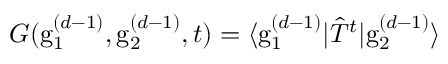
G ( \mathrm { g } _ { 1 } ^ { ( d - 1 ) } , \mathrm { g } _ { 2 } ^ { ( d - 1 ) } , t ) = \langle \mathrm { g } _ { 1 } ^ { ( d - 1 ) } | \hat { T } ^ { t } | \mathrm { g } _ { 2 } ^ { ( d - 1 ) } \rangle